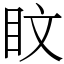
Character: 盿